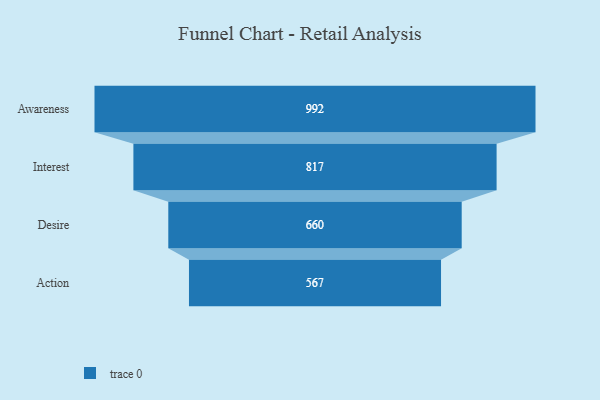
{"axis": {"x": "Stage", "y": "Value"}, "legend": [""], "data": [{"x": "Awareness", "y": 992.0, "type": ""}, {"x": "Interest", "y": 817.0, "type": ""}, {"x": "Desire", "y": 660.0, "type": ""}, {"x": "Action", "y": 567.0, "type": ""}]}